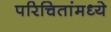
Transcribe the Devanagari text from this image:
परिचितांमध्ये